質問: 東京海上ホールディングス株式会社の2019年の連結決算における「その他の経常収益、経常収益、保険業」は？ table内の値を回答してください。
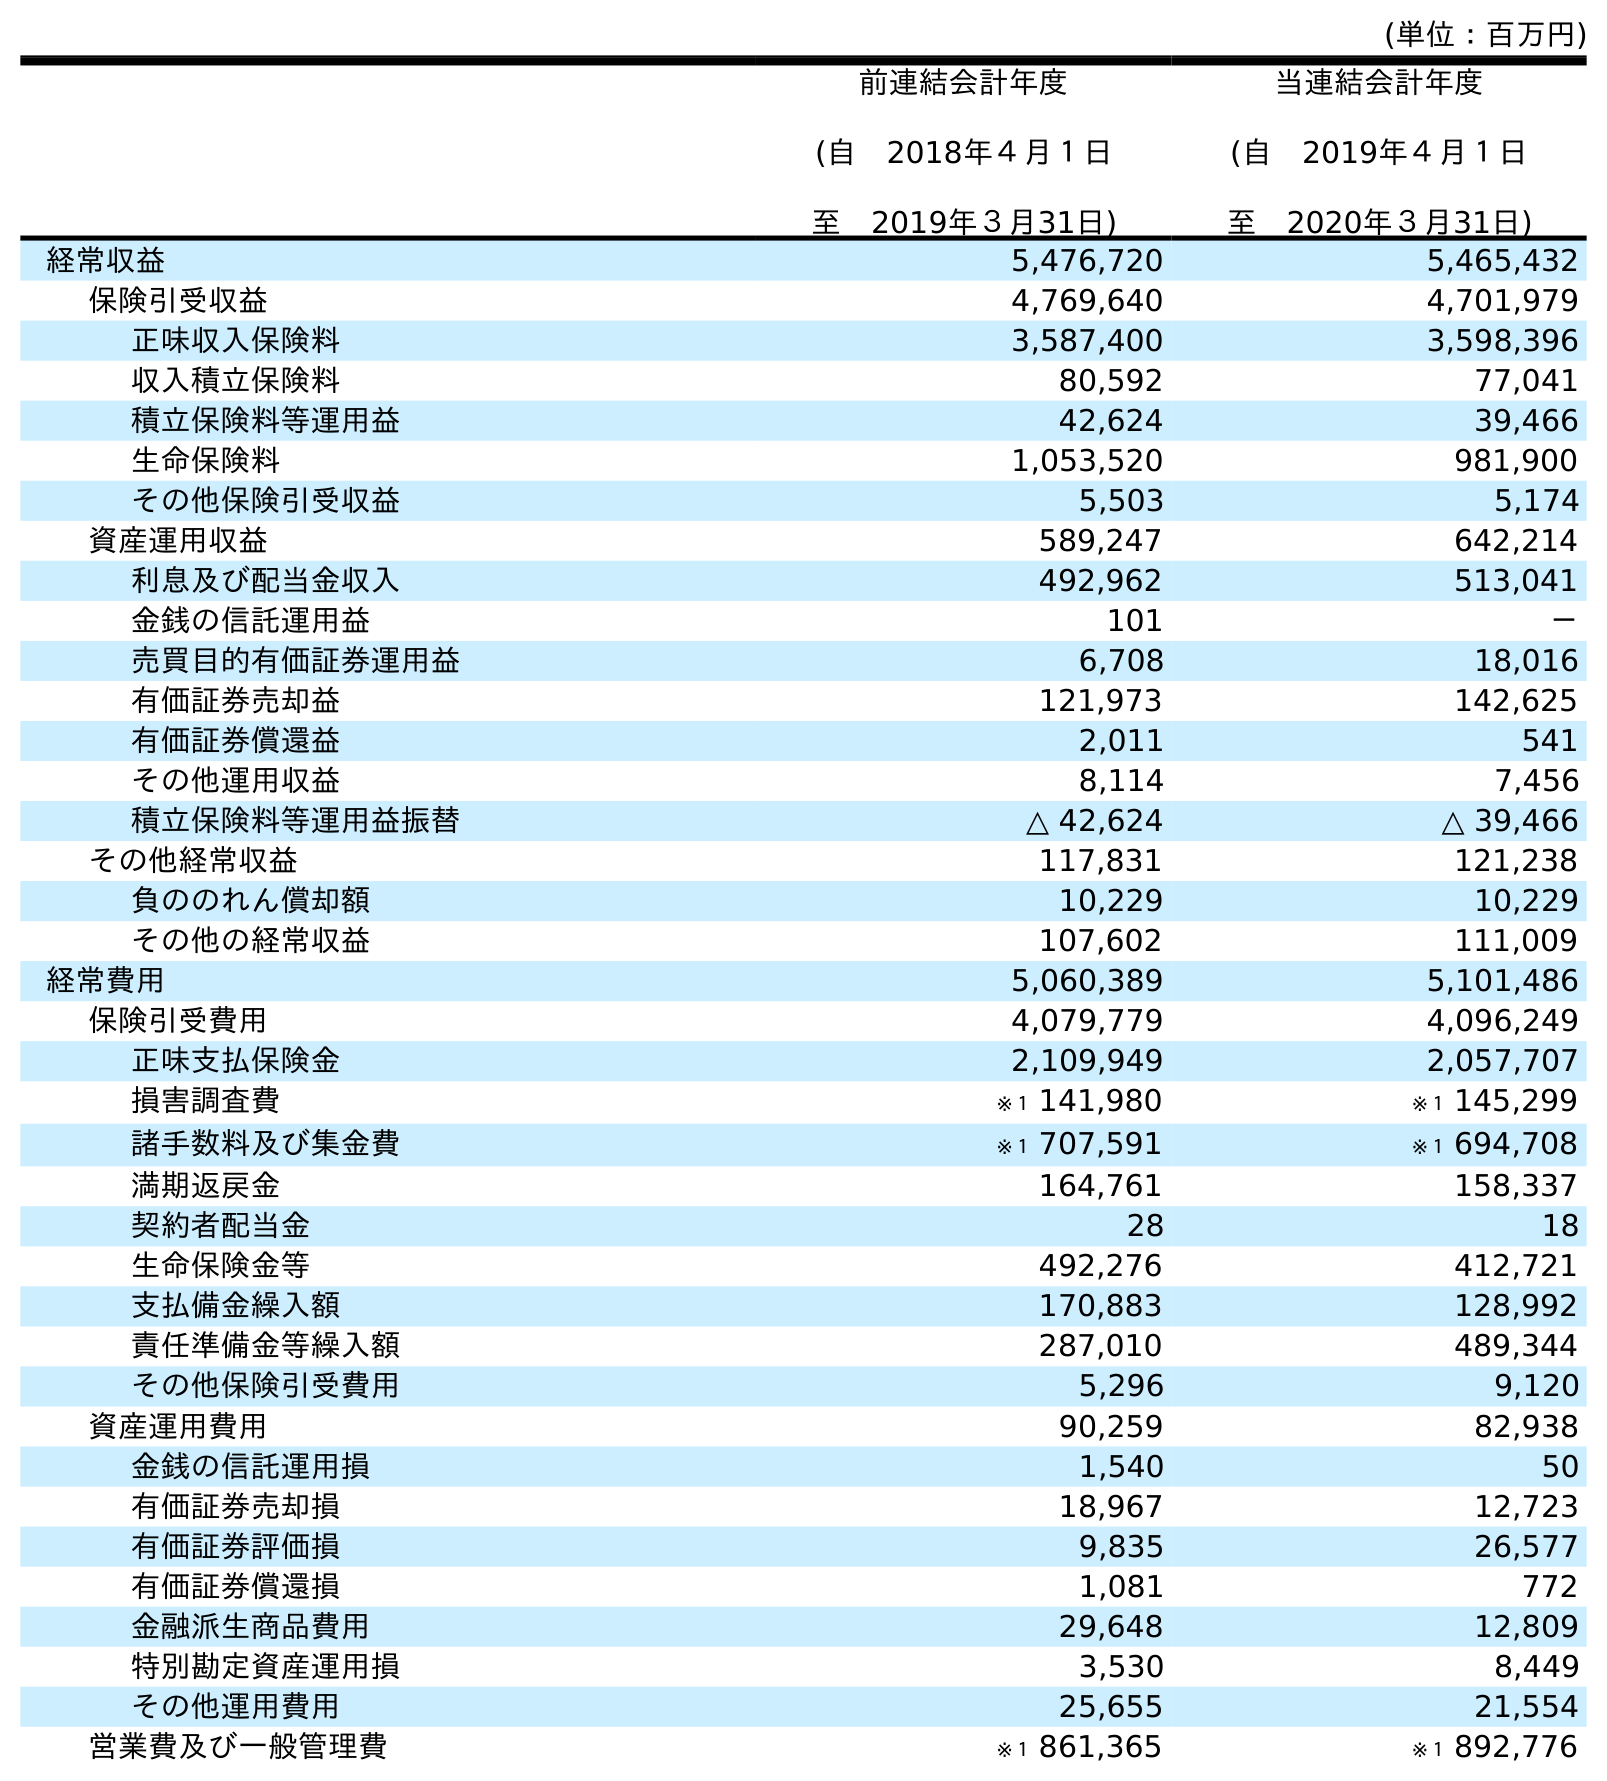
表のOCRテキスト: (単位：百万円) 前連結会計年度 (自 2018年４月１日 至 2019年３月31日) 当連結会計年度 (自 2019年４月１日 至 2020年３月31日) 経常収益 5,476,720 5,465,432 保険引受収益 4,769,640 4,701,979 正味収入保険料 3,587,400 3,598,396 収入積立保険料 80,592 77,041 積立保険料等運用益 42,624 39,466 生命保険料 1,053,520 981,900 その他保険引受収益 5,503 5,174 資産運用収益 589,247 642,214 利息及び配当金収入 492,962 513,041 金銭の信託運用益 101 － 売買目的有価証券運用益 6,708 18,016 有価証券売却益 121,973 142,625 有価証券償還益 2,011 541 その他運用収益 8,114 7,456 積立保険料等運用益振替 △ 42,624 △ 39,466 その他経常収益 117,831 121,238 負ののれん償却額 10,229 10,229 その他の経常収益 107,602 111,009 経常費用 5,060,389 5,101,486 保険引受費用 4,079,779 4,096,249 正味支払保険金 2,109,949 2,057,707 損害調査費 ※１ 141,980 ※１ 145,299 諸手数料及び集金費 ※１ 707,591 ※１ 694,708 満期返戻金 164,761 158,337 契約者配当金 28 18 生命保険金等 492,276 412,721 支払備金繰入額 170,883 128,992 責任準備金等繰入額 287,010 489,344 その他保険引受費用 5,296 9,120 資産運用費用 90,259 82,938 金銭の信託運用損 1,540 50 有価証券売却損 18,967 12,723 有価証券評価損 9,835 26,577 有価証券償還損 1,081 772 金融派生商品費用 29,648 12,809 特別勘定資産運用損 3,530 8,449 その他運用費用 25,655 21,554 営業費及び一般管理費 ※１ 861,365 ※１ 892,776
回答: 107,602